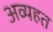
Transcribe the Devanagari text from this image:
अव्यहत